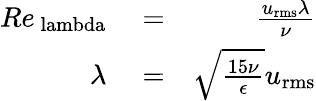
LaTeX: \begin{array}{rlr}{Re_{\mathrm{\ lambda}}}&{{}=}&{\frac{u_{\mathrm{rms}}\lambda}{\nu}}\\ {\lambda}&{{}=}&{\sqrt{\frac{15\nu}{\epsilon}}u_{\mathrm{rms}}}\end{array}